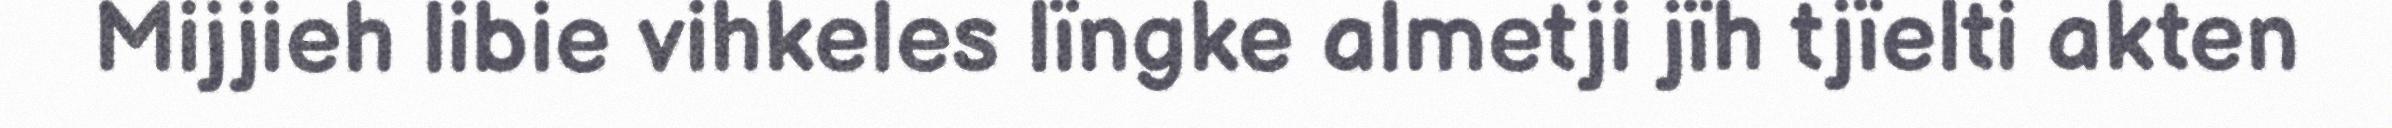
Mijjieh libie vihkeles lïngke almetji jïh tjïelti akten